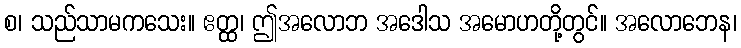
စ၊ သည်သာမကသေး။ ဧတ္ထ၊ ဤအလောဘ အဒေါသ အမောဟတို့တွင်။ အလောဘေန၊